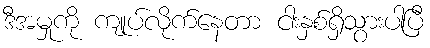
ဒီအမှုကို ကျုပ်လိုက်နေတာ ငါးနှစ်ရှိသွားပါပြီ